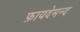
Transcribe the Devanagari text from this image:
फ़ायदेमन्द